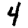
Digit: 4